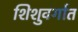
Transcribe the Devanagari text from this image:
शिशुवर्गात